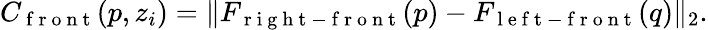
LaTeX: C_{\mathrm{~f~r~o~n~t~}}(p,z_{i})=\| F_{\mathrm{~r~i~g~h~t~-~f~r~o~n~t~}}(p)-F_{\mathrm{~l~e~f~t~-~f~r~o~n~t~}}(q)\| _{2}.